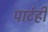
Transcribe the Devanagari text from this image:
पार्टही